Vital statistics of India. Vol. IV, Annual returns from 1871 to 1876. British Army of India, Native Army and jails of Bengal
Year: 1871
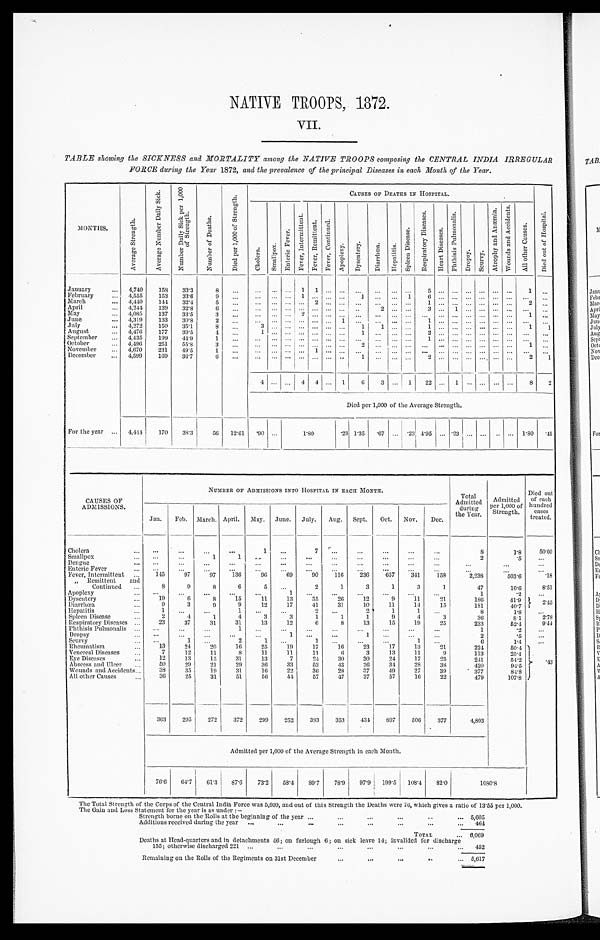
NATIVE TROOPS, 1872.
VII.
TABLE showing the SICKNESS and MORTALITY among the NATIVE TROOPS composing the CENTRAL INDIA IRREGULAR
FORCE during the Year 1872, and the prevalence of the principal Diseases in each Month of the Year.
M O N T H S .
A v e r a g e S t r e n g t h .
A v e r a g e N u m b e r D a i l y S i c k .
N u m b e r D a i l y S i c k p e r 1 , 0 0 0 o f S t r e n g t h .
N u m b e r o f D e a t h s .
D i e d p e r 1 , 0 0 0 o f S t r e n g t h .
CAUSES OF DEATHS IN HOSPITAL.
D i e d o u t o f H o s p i t a l .
C h o l e r a .
S m a l l p o x .
E n t e r i c F e v e r .
F e v e r , I n t e r m i t t e n t .
F e v e r , R e mi t t e n t . F e v e r , C o n t i n u e d .
A p o p l e x y .
D y s e n t e r y .
D i a r r h œ a .
H e p a t i t i s .
S p l e e n D i s e a s e .
R e s p i r a t o r y D i s e a s e s .
H e a r t D i s e a s e s .
P h t h i s i s P u l m o n a l i s .
D r o p s y .
S c u r v y .
A t r o p h y a n d A n æ m i a .
W o u n d s a n d A c c i d e n t s .
A l l o t h e r C a u s e s .
January . . .
4,740
158
33.3
8
. . .
. . .
. . . . . . 1 1 . . . . . . . . .
. . .
. . .
. . . 5
. . .
. . .
. . .
. . . . . . . . .
1
. . .
February . . .
4,555
153
33.6
9
. . .
. . .
. . . . . . 1 . . . . . . . . . 1
. . .
. . . 1 6
. . .
. . . . . .
. . . . . . . . .
. . .
. . .
March . . .
4,440
144
32.4
5
. . .
. . .
. . . . . . . . . 2 . . . . . . . . . . . . . . . . . . 1
. . .
. . .
. . .
. . . . . . . . .
2
. . .
April . . .
4,244
139
32.8
6
. . .
. . .
. . . . . . . . . . . . . . . . . .
. . .
2
. . .
. . . 3
. . .
1
. . .
. . . . . . . . .
. . . . . .
May . . .
4,085
137
33.5
3
. . .
. . .
. . . . . . 2 . . . . . . . . .
. . .
. . .
. . . . . .
. . .
. . . . . . . . .
. . . . . . . . .
1
. . .
June . . .
4,319
133
30.8
2
. . .
. . .
. . . . . . . . . . . . . . . 1
. . .
. . .
. . . . . . 1
. . .
. . .
. . .
. . . . . . . . .
. . .
. . .
July . . .
4,272
150
35.1
8
. . .
3
. . . . . . . . . . . . . . . . . .
1
1
. . .
. . . 1
. . .
. . .
. . .
. . . . . . . . .
1
1
August . . .
4,476
177
39.5
4
. . . 1
. . . . . . . . . . . . . . . . . . 1
. . .
. . .
. . . 2
. . .
. . .
. . .
. . . . . . . . .
. . . . . .
September . . .
4,435
199
44.9
1
. . .
. . .
. . . . . . . . . . . . . . . . . .
. . .
. . .
. . . . . .
1
. . .
. . .
. . .
. . . . . . . . .
. . .
. . .
October . . .
4,496
251
55.8
3
. . . . . . . . . . . . . . . . . . . . . . . . 2
. . .
. . .
. . . . . .
. . .
. . . . . .
. . . . . . . . .
1
. . .
November . . .
4,670
231
49.5
1
. . .
. . .
. . . . . . . . . 1 . . . . . . . . . . . .
. . .
. . .
. . .
. . . . . . . . .
. . . . . . . . .
. . .
. . .
December . . .
4,599
169
36.7
6
. . .
. . .
. . . . . . . . . . . . . . . . . .
1
. . .
. . . . . .
2
. . .
. . .
. . .
. . .
. . .
. . .
2
1
4
. . . . . . 4 4 . . . 1
6
3
. . . 1
22
. . .
1
. . .
. . .
. . .
. . .
8
2
Died per 1,000 of the Average Strength.
For the year . . . 4,444
170
38.3
56 12.61
. 9 0
. . .
1 . 8 0
.23 1.35
. 67
. . . .23 4.95
. . . .23
. . . . . .
. . . . . . 1.80 .45
CAUSES OF
ADMISSIONS .
NUMBER OF ADMISSIONS INTO HOSPITAL IN EACH MONTH.
Total
Admitted
during
the Year.
Admitted
per 1,000 of Strength.
Died out
of each
hundred
cases
treated.
Jan.
Feb. March. April. May. June. July.
Aug. Sept.
Oct.
Nov.
Dec.
Cholera . . .
. . .
. . .
. . .
. . .
1
. . .
7
. . .
. . .
. . .
. . .
. . .
8
1.8
50.00
Smallpox . . .
. . .
. . .
1
1
. . .
. . .
. . .
. . .
. . .
. . .
. . .
. . .
2
.5
. . .
Dengue . . .
. . .
. . .
. . .
. . .
. . .
. . .
. . .
. . .
. . .
. . .
. . .
. . .
. . .
. . .
. . .
Enteric Fever . . .
. . .
. . .
. . .
. . .
. . .
. . .
. . .
. . .
. . .
. . .
. . .
. . .
. . .
. . .
. . .
Fever, Intermittent . . .
145
97
97
136
96
69
90
116
236
657
341
158
2,238
503.6
.18
" Remittent and
Continued . . .
8
9
8
6
5
. . .
2
1
3
1
3
1
47
10.6
8.51
Apoplexy . . .
. . .
. . .
. . .
. . .
. . .
1
. . .
. . .
. . .
. . .
. . .
. . .
1
.2
. . .
Dysentery . . .
19
6
8
15
11
1 3
35
26
12
9
11
21
186
41.9
2.45
Diarrhœa . ..
9
3
9
9
12
17
41
31
10
11
14
15
181
40.7
Hepatitis . . .
1
. . .
. . .
1
. . .
. . .
2
. . .
2
1
1
. . .
8
1.8
. . .
Spleen Disease . . .
2
4
1
4
3
3
1
1
1
9
4
3
36
8.1
2.78
Respiratory Diseases . . .
23
37
31
31
13
12
6
8
13
15
19
25
233
52.4
9. 44
Phthisis Pulmonalis . . .
. . .
. . .
. . .
1
. . .
. . .
. . .
. . .
. . .
. . .
. . .
. . .
1
.2
. . .
Dropsy . . .
. . .
. . .
. . .
. . .
. . .
1
. . .
. . .
1
. . .
. . .
. . .
2
.5
. . .
S c u r v y . . .
. . .
1
. . .
2
1
. . .
1
. . .
. . .
. . .
1
. . .
6
1.4
. . .
R h e u m a t i s m . . .
13
24
20
16
25
19
17
16
23
17
13
21
224
50.4
.43
Venereal Diseases . . .
7
12
11
8
11
11
11
6
3
13
1 1
9
113
25.4
Eye Diseases . . .
12
13
15
31
13
7
24
30
30
24
17
25
241
54.2
Abscess and Ulcer . . .
50
29
21
29
36
33
53
43
26
34
28
38
420
94.5
Wounds and Accidents . . .
38
35
19
31
16
22
36
28
37
49
27
39
377
8 4 . 8
All other Causes . . .
36
25
31
51
56
44
57
47
37
57
16
22
479
107.8
363
295
272
372
299
252
383
353
434
897
506
377
4,803
Admitted per 1,000 of the Average Strength in each Month.
76.6
64.7
61.3
87.6
73.2
58.4
89.7
78.9
97.9
199.5
108.4
82.0
1080.8
The Total Strength of the Corps of the Central India Force was 5,609, and out of this Strength the Deaths were 76, which gives a ratio of 13.55 per 1,000.
The Gain and Loss Statement for the year is as under:—
Strength borne on the Rolls at the beginning of the year . . .
5,605
Additions received during the year . . .
464
TOTAL . . . 6,069
Deaths at Head-quarters and in detachments 56; on furlough 6; on sick leave 14; invalided for discharge
155; otherwise discharged 221 . . .
452
Remaining on the Rolls of the Regiments on 31st December . . .
5,617